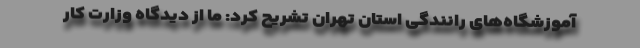
آموزشگاه‌های رانندگی استان تهران تشریح کرد: ما از دیدگاه وزارت کار